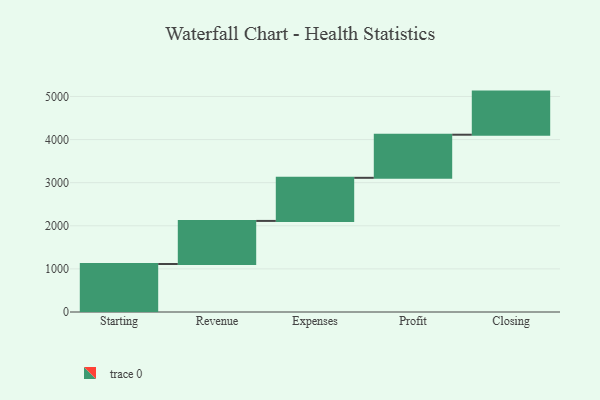
{"axis": {"x": "Step", "y": "Value"}, "legend": [""], "data": [{"x": "Starting", "y": 1113.0, "type": ""}, {"x": "Revenue", "y": 1000, "type": ""}, {"x": "Expenses", "y": 1000, "type": ""}, {"x": "Profit", "y": 1000, "type": ""}, {"x": "Closing", "y": 1000, "type": ""}]}